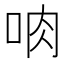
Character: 𪠼